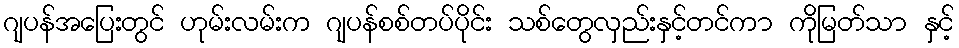
ဂျပန်အပြေးတွင် ဟုမ်းလမ်းက ဂျပန်စစ်တပ်ပိုင်း သစ်တွေလှည်းနှင့်တင်ကာ ကိုမြတ်သာ နှင့်